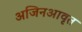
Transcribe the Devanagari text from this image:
अजिनआवृत